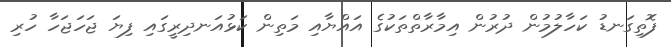
ފޮތިގަނޑު ކަހާލުމުން ދުރުން އިމާރާތްތަކުގެ އައްޔާއި މަތިން ކަޅުއަނދިރީގައި ފިޔަ ޖަހަޖަހާ ހުރި